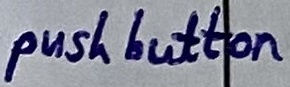
Text: push button